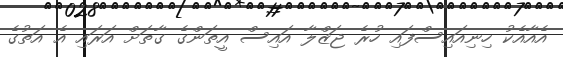
އެއާއެކު ހިނިއައިސްފައި ހުރެ ޖަޒްލާ އައިސް އީތަންގެ ގާތަށް އަރައި އެ އަތުގެ